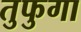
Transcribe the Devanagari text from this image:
तुफुगा